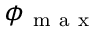
\phi _ { \mathrm { ~ m ~ a ~ x ~ } }